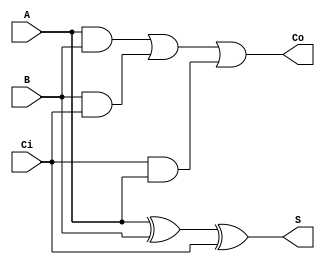
// obfa: one bit full adder (design file)

module obfa(S,Co,A,B,Ci);   
    input A,B,Ci;
    output S,Co;
    
    wire x1,x2;
    xor xo1(x1,A,B);
    xor xo2(x2,x1,Ci);  // Sum = A ^ B ^ C; 

    wire a1,a2,a3,o1;

    and a_1(a1,A,B);
    and a_2(a2,B,Ci);
    and a_3(a3,Ci,A);  
    or o_1 (o1,a1,a2,a3);    //Co=(A&B) | (B&Ci) | (Ci&A);

    assign S= x2;
    assign Co=o1;
    
endmodule